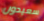
سعيدون